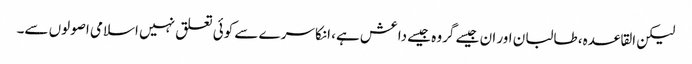
لیکن القاعدہ، طالبان اور ان جیسے گروہ جیسے داعش ہے، انکا سرے سے کوئی تعلق نہیں اسلامی اصولوں سے۔